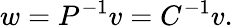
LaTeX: w=P^{-1}v=C^{-1}v.